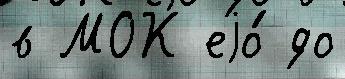
в МОК еjо́ до